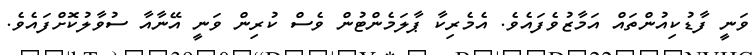
ވަނީ ފާޑުކިއުންތައް އަމާޒުވެފަައެވެ. އެމެރިކާ ޕާލަމެންޓުން ވެސް ކުރިން ވަނީ އޭނާއާ ސުވާލުކޮށްފައެވެ.